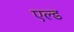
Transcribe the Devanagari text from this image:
एल्ड